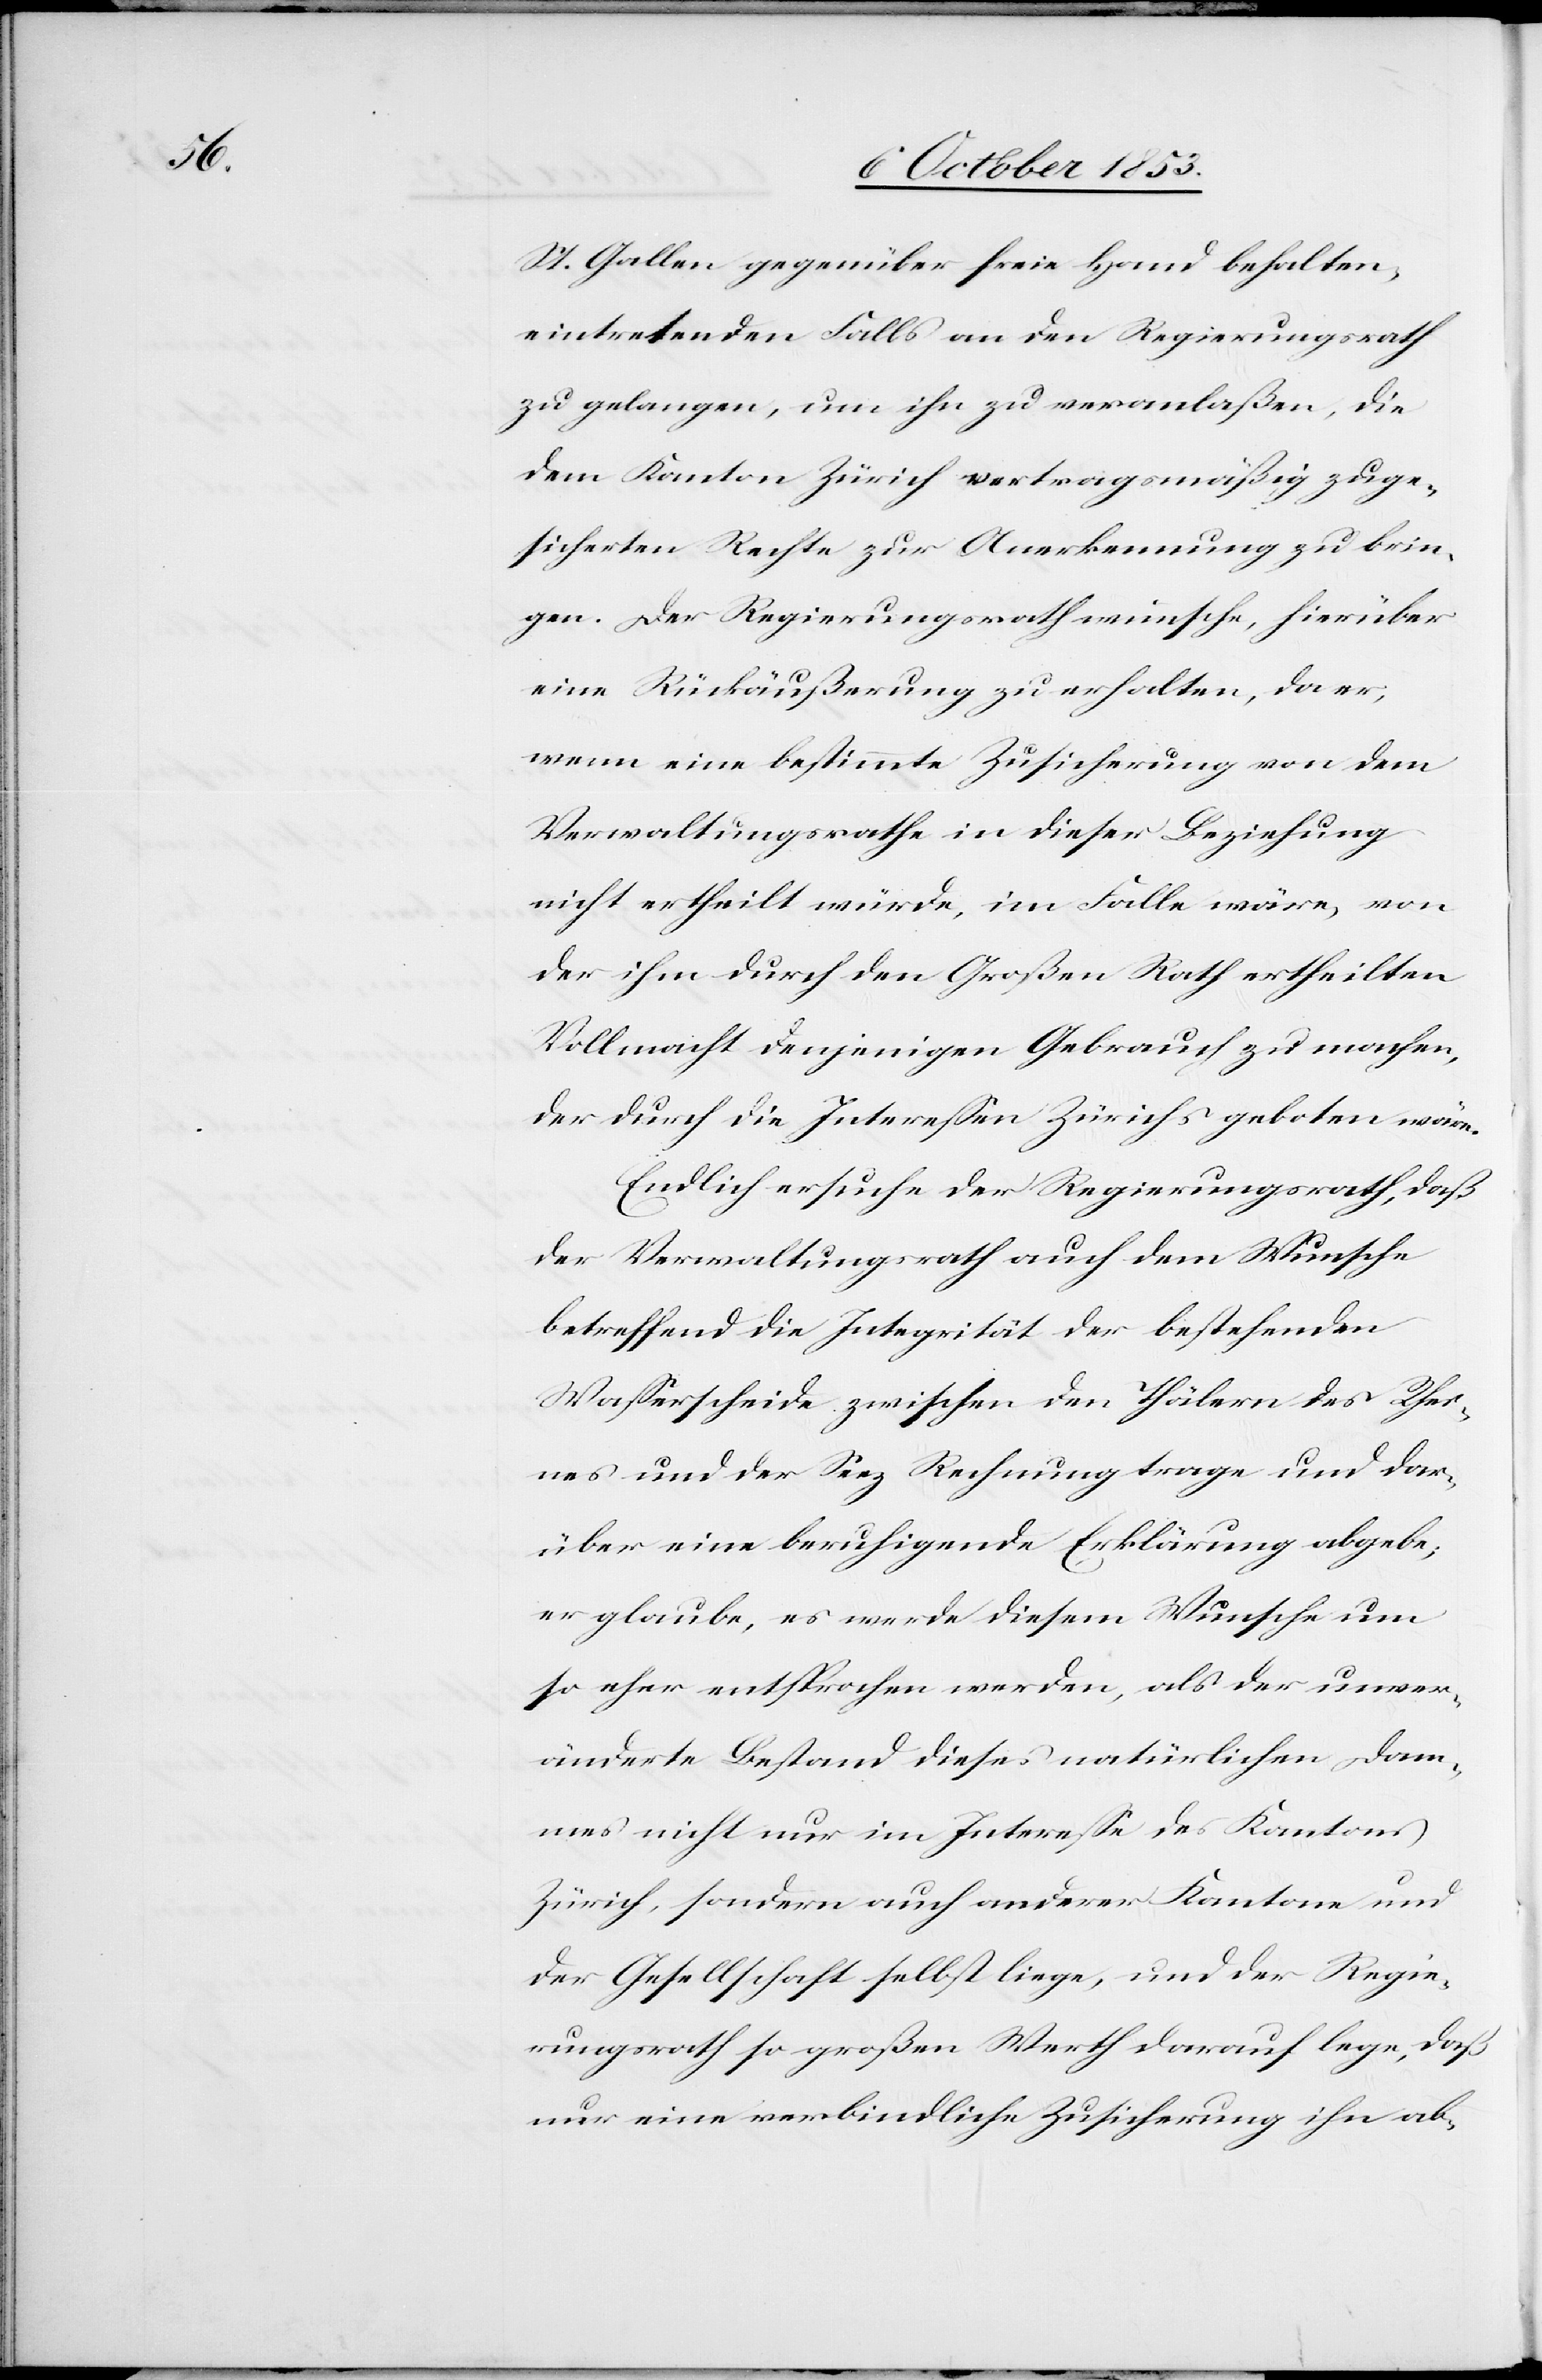
St. Gallen gegenüber freie Hand behalten,
eintretenden Falls an den Regierungsrath
zu gelangen, um ihn zu veranlaßen, die
dem Kanton Zürich vertragsmäßig zuge¬
sicherten Rechte zur Anerkennung zu brin¬
gen. Der Regierungsrath wünsche, hierüber
eine Rückäußerung zu erhalten, da er,
wenn eine bestimmte Zusicherung von dem
Verwaltungsrathe in dieser Beziehung
nicht ertheilt würde, im Falle wäre, von
der ihm durch den Großen Rathe ertheilten
Vollmacht denjenigen Gebrauch zu machen,
der durch die Intereßen Zürichs geboten wäre.
Endlich ersuche der Regierungsrath, daß
der Verwaltungsrath auch dem Wunsche
betreffend die Integrität der bestehenden
Waßerscheide zwischen den Thälern des Rhei¬
nes und der Seez Rechnung trage und dar¬
über eine beruhigende Erklärung abgebe;
er glaube, es werde diesem Wunsche um
so eher entsprochen werden, als der unver¬
änderte Bestand dieses natürlichen Dam¬
mes nicht nur im Intereße des Kantons
Zürich, sondern auch anderer Kantone und
der Gesellschaft selbst liege, und der Regie¬
rungsrath so großen Werth darauf lege, daß
nur eine unverbindliche Zusicherung ihn ab-